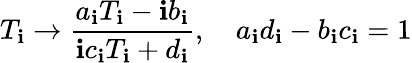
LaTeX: T_{\mathbf{i}}\rightarrow\frac{{a_{\mathbf{i}}T_{\mathbf{i}}-\mathbf{i}b_{\mathbf{i}}}}{{\mathbf{i}c_{\mathbf{i}}T_{\mathbf{i}}+d_{\mathbf{i}}}},\, \, \, \, \, \, a_{\mathbf{i}}d_{\mathbf{i}}-b_{\mathbf{i}}c_{\mathbf{i}}=1